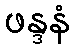
ဖန္ဒနံ